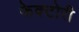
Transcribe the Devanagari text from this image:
फेक्टोरी